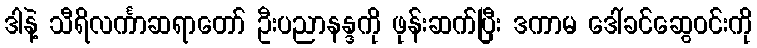
ဒါနဲ့ သီရိလင်္ကာဆရာတော် ဦးပညာနန္ဒကို ဖုန်းဆက်ပြီး ဒကာမ ဒေါ်ခင်ဆွေဝင်းကို